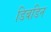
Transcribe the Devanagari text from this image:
डिबडिन